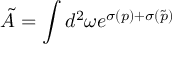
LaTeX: \tilde { A } = \int d ^ { 2 } \omega e ^ { \sigma ( p ) + \sigma ( \tilde { p } ) }